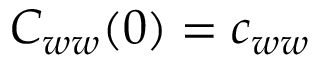
C _ { w w } ( 0 ) = c _ { w w }